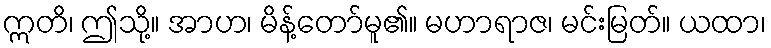
ဣတိ၊ ဤသို့။ အာဟ၊ မိန့်တော်မူ၏။ မဟာရာဇ၊ မင်းမြတ်။ ယထာ၊